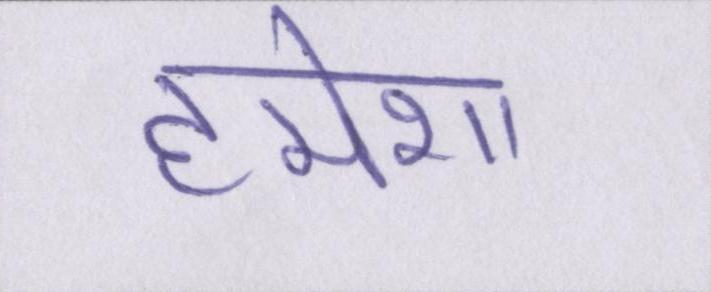
हमेशा